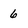
Character: 6